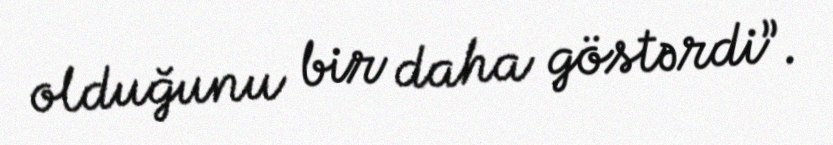
olduğunu bir daha göstərdi”.